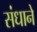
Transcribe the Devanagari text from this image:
संधाने